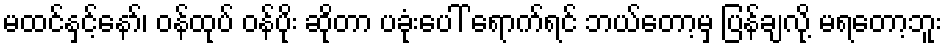
မထင်နှင့်နော်၊ ဝန်ထုပ် ဝန်ပိုး ဆိုတာ ပခုံးပေါ် ရောက်ရင် ဘယ်တော့မှ ပြန်ချလို့ မရတော့ဘူး